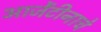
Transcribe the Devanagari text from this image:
आर्जेंटीनाचे